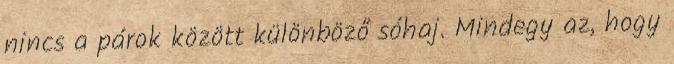
nincs a párok között különböző sóhaj. Mindegy az, hogy